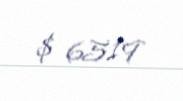
$ 6519